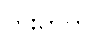
တိုးတက်